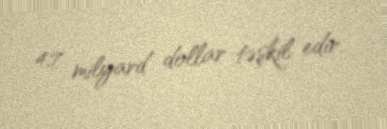
4,7 milyard dollar təşkil edir.